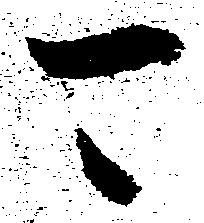
可